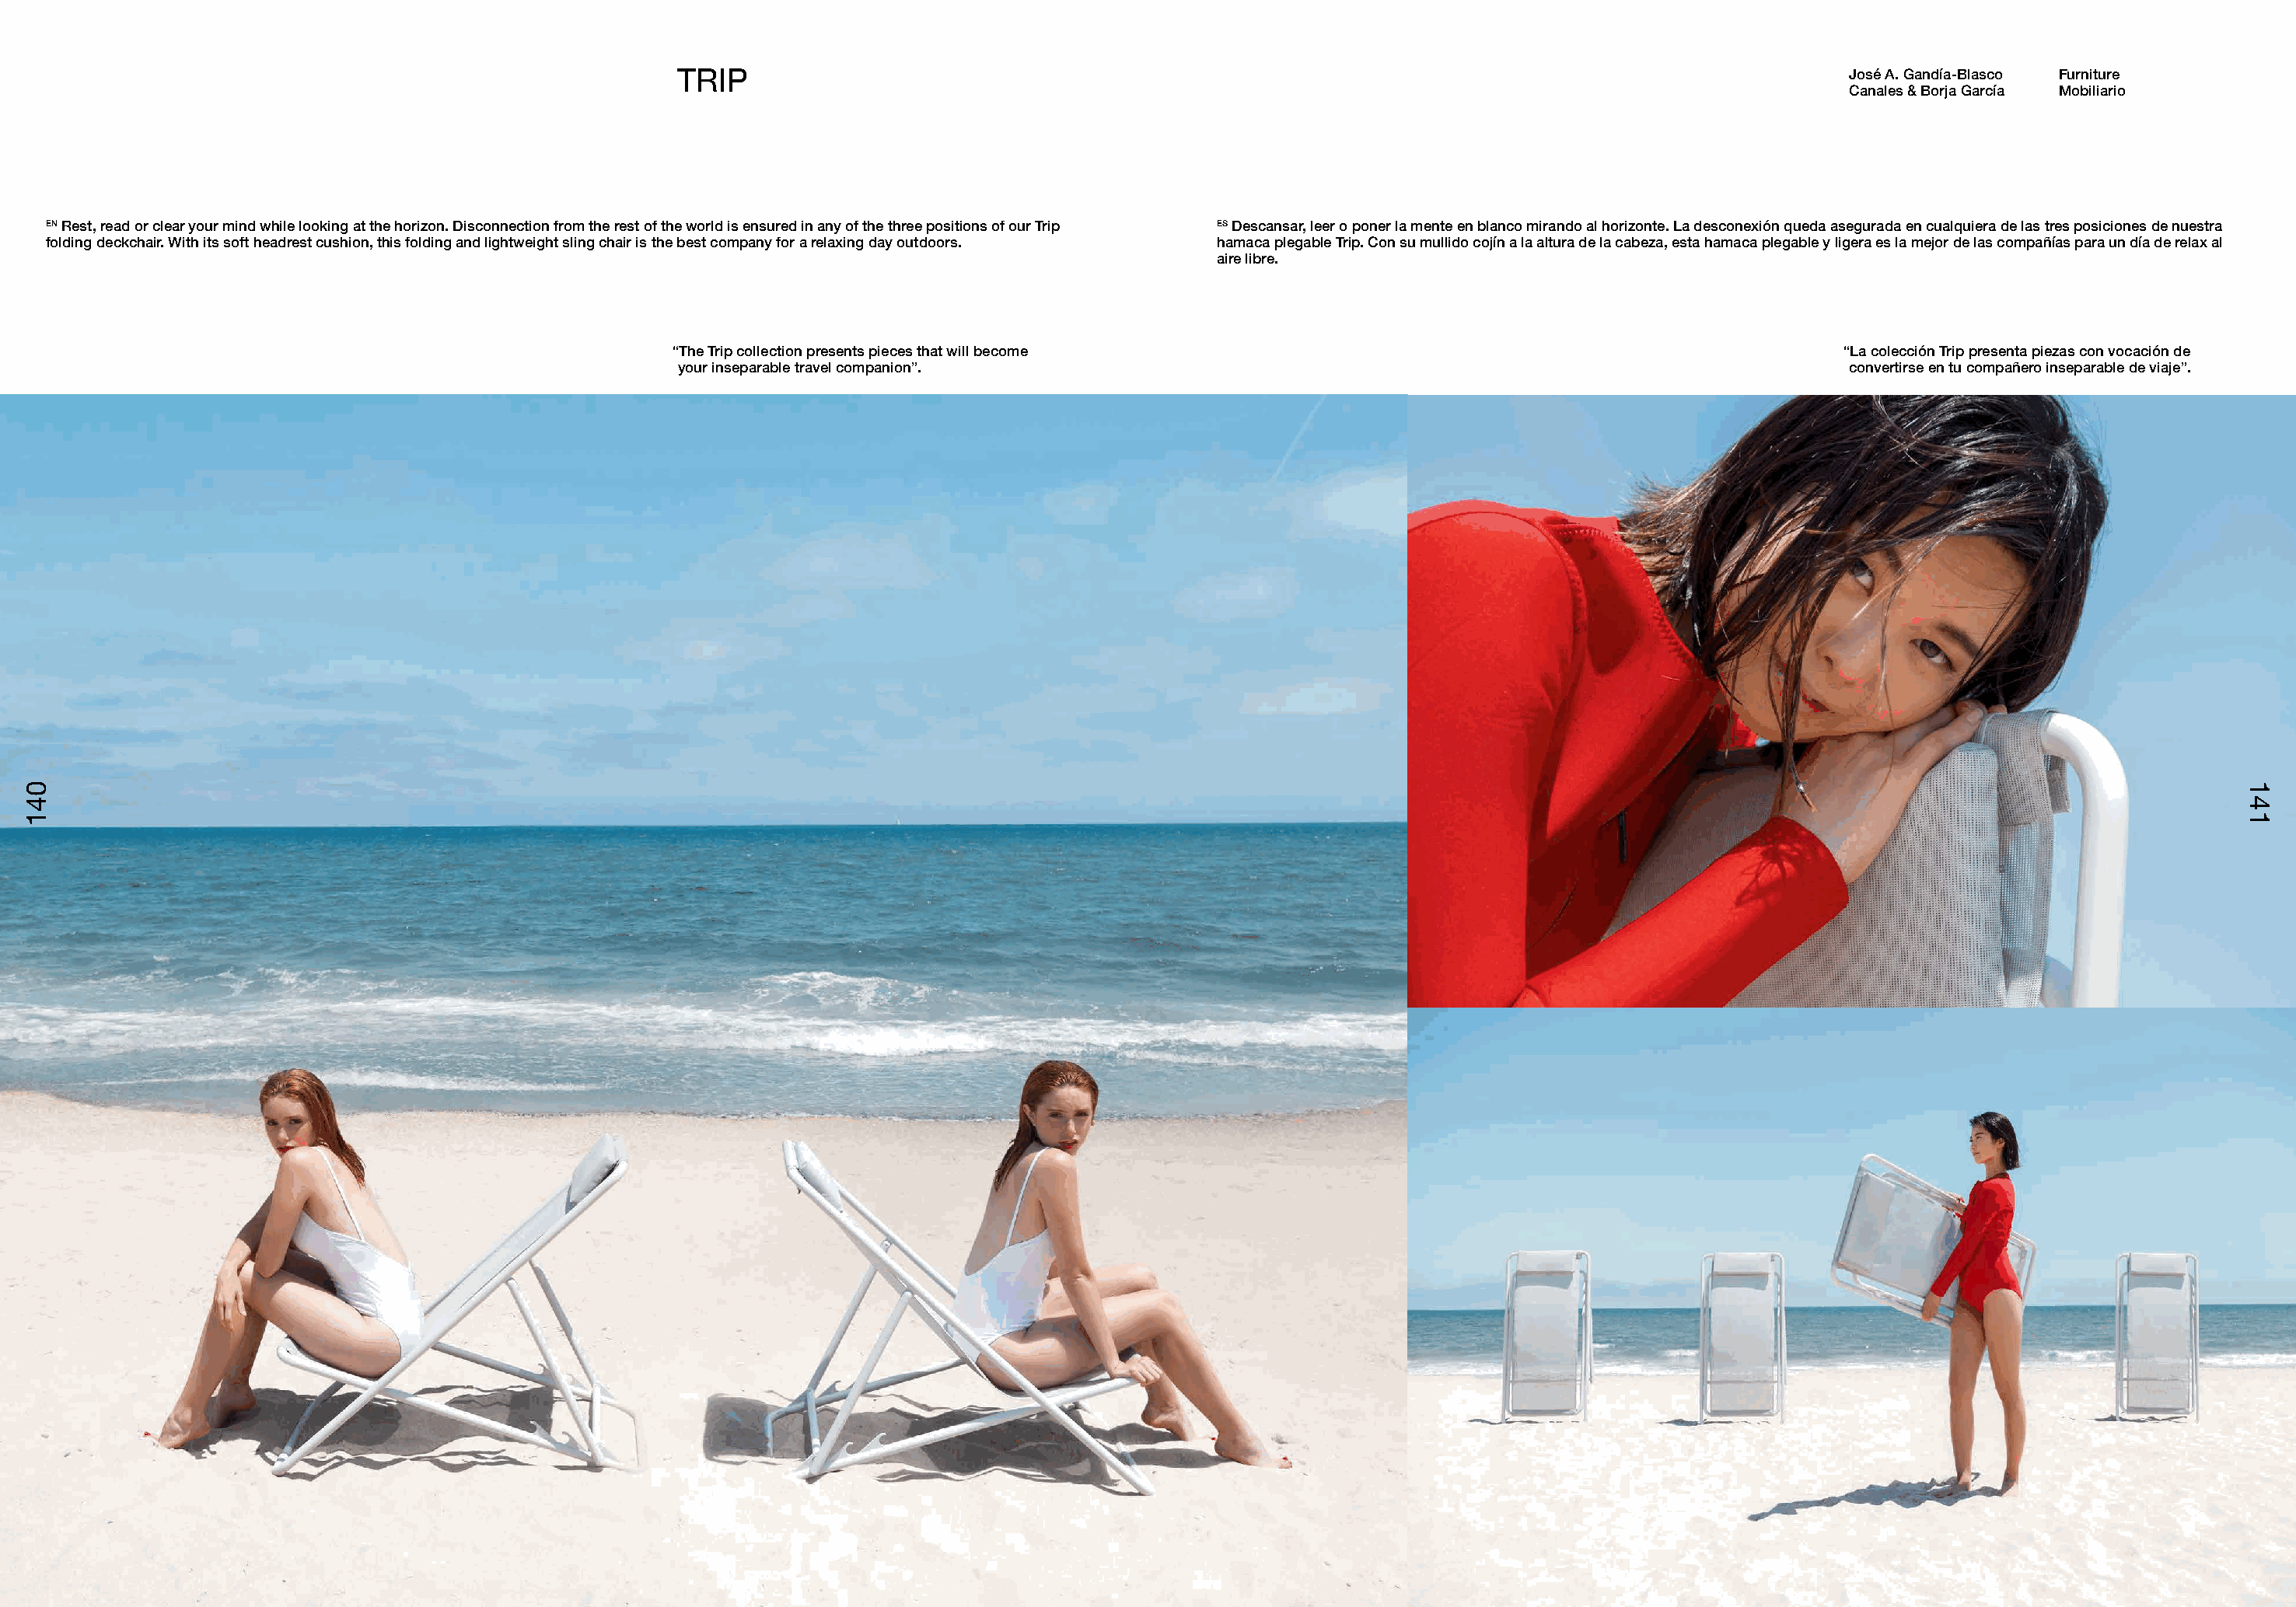
TRIP                                                                                               José A. Gandía-Blasco Furniture
 Canales & Borja García Mobiliario
 EN Rest, read or clear your mind while looking at the horizon. Disconnection from the rest of the world is ensured in any of the three positions of our Trip ES Descansar, leer o poner la mente en blanco mirando al horizonte. La desconexión queda asegurada en cualquiera de las tres posiciones de nuestra
 folding deckchair. With its soft headrest cushion, this folding and lightweight sling chair is the best company for a relaxing day outdoors. hamaca plegable Trip. Con su mullido cojín a la altura de la cabeza, esta hamaca plegable y ligera es la mejor de las compañías para un día de relax al
 aire libre.
 “The Trip collection presents pieces that will become                                               “La colección Trip presenta piezas con vocación de
 your inseparable travel companion”.                                                                convertirse en tu compañero inseparable de viaje”.
 041                                                                                                                                                                                          114411